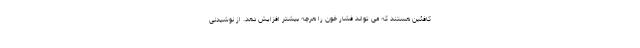
کافئین هستند که می تواند فشار خون را هرچه بیشتر افزایش دهد. از نوشیدنی